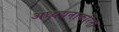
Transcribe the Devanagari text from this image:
अध्ययनाकरिता